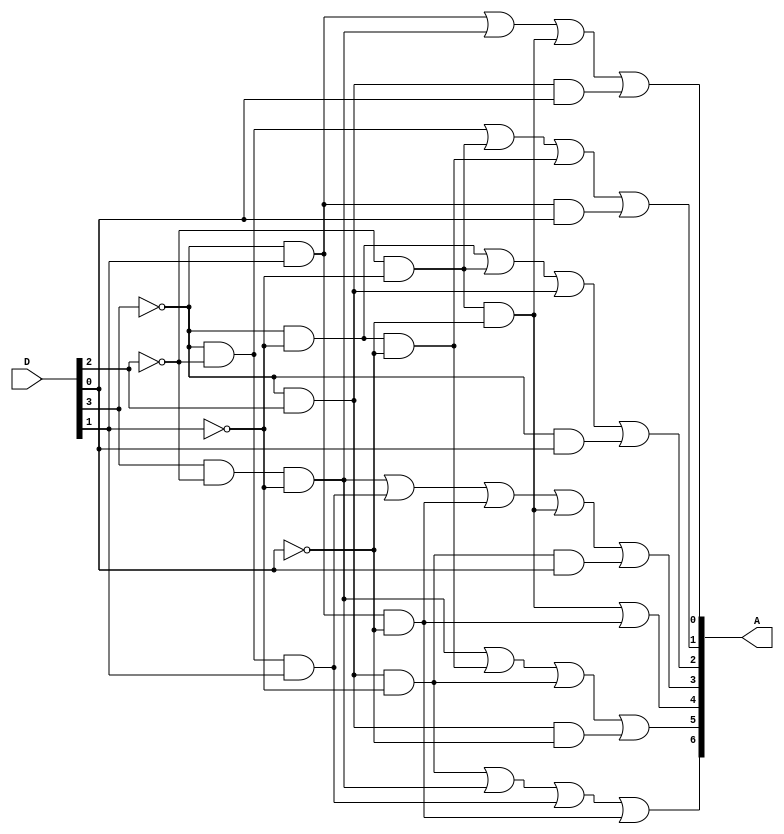
module Lab2_BCD_7segment_decoder_gatelevel (output [6:0] A, input [3:0] D);
	//A[0]
	wire A0W1,A0W2,A0W3,A0W4;
	and A01(A0W1,~D[3],D[1]), A02(A0W2,D[3],~D[2],~D[1]), A03(A0W3,~D[2],~D[1],~D[0]), A04(A0W4,~D[3],D[2],D[0]);
	or A05(A[0],A0W1,A0W2,A0W3,A0W4);
	//A[1]
	wire A1W1,A1W2,A1W3,A1W4;
	and A11(A1W1,~D[3],~D[2]), A12(A1W2,~D[2],~D[1]), A13(A1W3,~D[3],~D[1],~D[0]), A14(A1W4,~D[3],D[1],D[0]);
	or A15(A[1],A1W1,A1W2,A1W3,A1W4);
	//A[2]
	wire A2W1,A2W2,A2W3,A2W4;
	and A21(A2W1,~D[3],~D[1]), A22(A2W2,~D[2],~D[1]), A23(A2W3,~D[3],D[2]), A24(A2W4,~D[3],D[0]);
	or A25(A[2],A2W1,A2W2,A2W3,A2W4);
	//A[3]
	wire A3W1,A3W2,A3W3,A3W4,A3W5;
	and A31(A3W1,D[3],~D[2],~D[1]), A32(A3W2,~D[3],~D[2],D[1]), A33(A3W3,~D[3],D[1],~D[0]), A34(A3W4,~D[2],~D[1],~D[0]), A35(A3W5,~D[3],D[2],~D[1],D[0]);
	or A36(A[3],A3W1,A3W2,A3W3,A3W4,A3W5);
	//A[4]
	wire A4W1,A4W2;
	and A41(A4W1,~D[2],~D[1],~D[0]), A42(A4W2,~D[3],D[1],~D[0]);
	or A43(A[4],A4W1,A4W2);
	//A[5]
	wire A5W1,A5W2,A5W3,A5W4;
	and A51(A5W1,D[3],~D[2],~D[1]), A52(A5W2,~D[3],~D[1],~D[0]), A53(A5W3,~D[3],D[2],~D[1]), A54(A5W4,~D[3],D[2],~D[0]);
	or A55(A[5],A5W1,A5W2,A5W3,A5W4);
	//A[6]
	wire A6W1,A6W2,A6W3,A6W4;
	and A61(A6W1,~D[3],D[2],~D[1]), A62(A6W2,D[3],~D[2],~D[1]), A63(A6W3,~D[3],~D[2],D[1]), A64(A6W4,~D[3],D[1],~D[0]);
	or A65(A[6],A6W1,A6W2,A6W3,A6W4);
endmodule